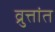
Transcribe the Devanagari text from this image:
व्रुत्तांत